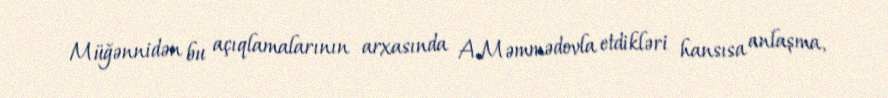
Müğənnidən bu açıqlamalarının arxasında A.Məmmədovla etdikləri hansısa anlaşma,